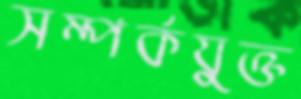
সম্পর্কযুক্ত